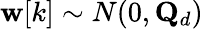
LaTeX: \mathbf{w}[k]\sim N(0,\mathbf{Q}_{d})